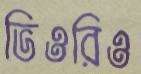
ভিওরিও